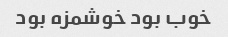
خوب بود خوشمزه بود